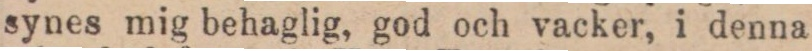
synes mig behaglig, god och vacker, i denna